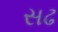
સઢ